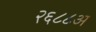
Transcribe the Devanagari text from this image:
२६८८अ